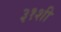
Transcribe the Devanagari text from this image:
३१शी